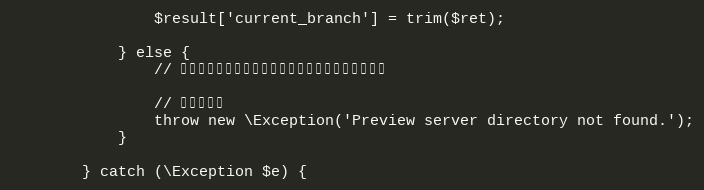
Language: PHP
				$result['current_branch'] = trim($ret);

			} else {
				// プレビューサーバのディレクトリが存在しない場合

				// エラー処理
				throw new \Exception('Preview server directory not found.');
			}

		} catch (\Exception $e) {